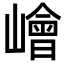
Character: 𡼾